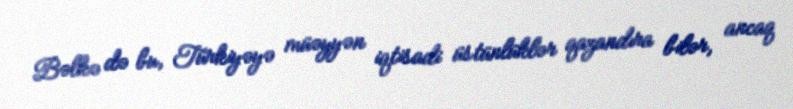
Bəlkə də bu, Türkiyəyə müəyyən iqtisadi üstünlüklər qazandıra bilər, ancaq